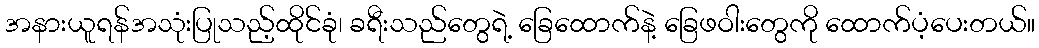
အနားယူရန်အသုံးပြုသည့်ထိုင်ခုံ၊ ခရီးသည်တွေရဲ့ ခြေထောက်နဲ့ ခြေဖဝါးတွေကို ထောက်ပံ့ပေးတယ်။